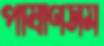
পাষাণসম